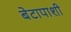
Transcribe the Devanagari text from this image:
बेटापाशी